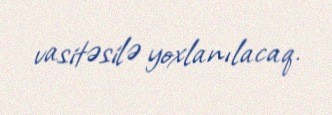
vasitəsilə yoxlanılacaq.